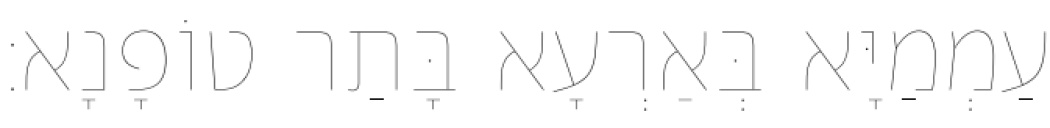
עַמְמַיָּא בְּאַרְעָא בָּתַר טוֹפָנָא׃